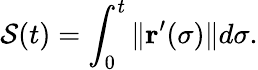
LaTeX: \mathcal{S}(t)=\int_{0}^{t}\| \mathbf{{r}}^{\prime}(\sigma)\| d\sigma.